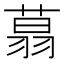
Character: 𦶑